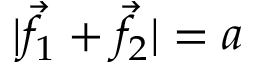
| { \vec { f } } _ { 1 } + { \vec { f } } _ { 2 } | = a